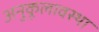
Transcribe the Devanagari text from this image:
अनुकूलावस्था